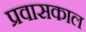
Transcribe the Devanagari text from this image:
प्रवासकाल